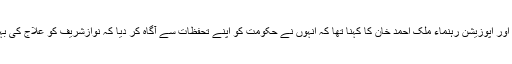
مسلم لیگ ن کے رکن صوبائی اسمبلی اور اپوزیشن رہنماء ملک احمد خان کا کہنا تھا کہ انہوں نے حکومت کو اپنے تحفظات سے آگاہ کر دیا کہ نوازشریف کو علاج کی بہتر سے بہتر سہولیات فراہم کی جائیں۔